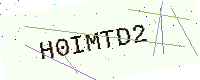
Text: H0IMTD2